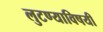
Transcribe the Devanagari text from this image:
लुटण्याविषयी